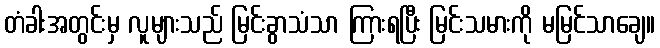
တံခါးအတွင်းမှ လူများသည် မြင်းခွာသံသာ ကြားရပြီး မြင်းသမားကို မမြင်သာချေ။